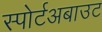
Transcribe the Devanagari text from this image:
स्पोर्टअबाउट